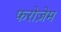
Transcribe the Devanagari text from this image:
फरोज़ेम